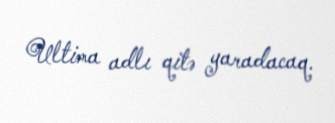
Ultima adlı qitə yaradacaq.